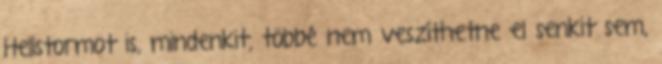
Hellstormot is, mindenkit, többé nem veszíthetne el senkit sem,